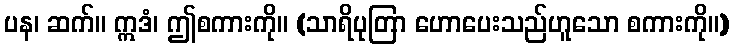
ပန၊ ဆက်။ ဣဒံ၊ ဤစကားကို။ (သာရိပုတြာ ဟောပေးသည်ဟူသော စကားကို။)